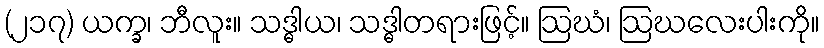
(၂၁၇) ယက္ခ၊ ဘီလူး။ သဒ္ဓါယ၊ သဒ္ဓါတရားဖြင့်။ ဩဃံ၊ ဩဃလေးပါးကို။